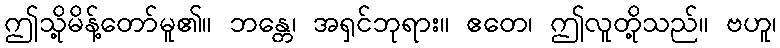
ဤသို့မိန့်တော်မူ၏။ ဘန္တေ၊ အရှင်ဘုရား။ ဧတေ၊ ဤလူတို့သည်။ ဗဟူ၊